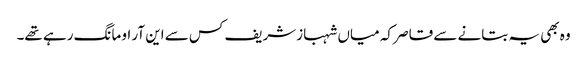
وہ بھی یہ بتانے سے قاصر کہ میاں شہبازشریف کس سے این آر او مانگ رہے تھے۔